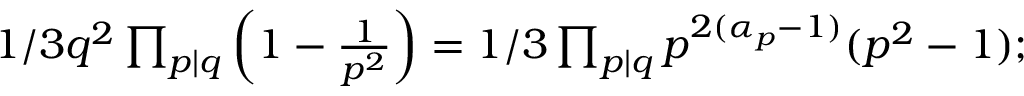
\begin{array} { r } { 1 / 3 q ^ { 2 } \prod _ { p | q } \left( 1 - \frac { 1 } { p ^ { 2 } } \right) = 1 / 3 \prod _ { p | q } p ^ { 2 ( \alpha _ { p } - 1 ) } ( p ^ { 2 } - 1 ) ; } \end{array}